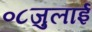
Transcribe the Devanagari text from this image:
०८जुलाई